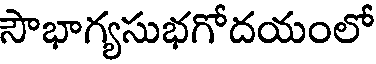
సౌభాగ్యసుభగోదయంలో